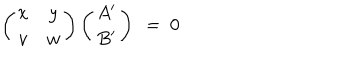
\left( \begin{array} { c c } { { x } } & { { y } } \\ { { v } } & { { w } } \\ \end{array} \right) \left( \begin{array} { c } { { A ^ { \prime } } } \\ { { B ^ { \prime } } } \\ \end{array} \right) ~ = ~ 0